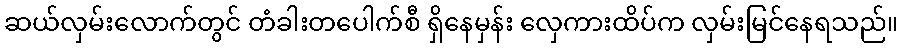
ဆယ်လှမ်းလောက်တွင် တံခါးတပေါက်စီ ရှိနေမှန်း လှေကားထိပ်က လှမ်းမြင်နေရသည်။